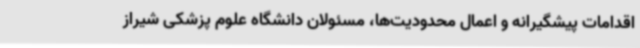
اقدامات پیشگیرانه و اعمال محدودیت‌ها، مسئولان دانشگاه علوم پزشکی شیراز